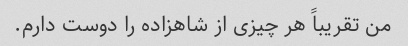
من تقریباً هر چیزی از شاهزاده را دوست دارم.